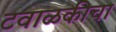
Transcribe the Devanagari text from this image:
टवाळकीचा